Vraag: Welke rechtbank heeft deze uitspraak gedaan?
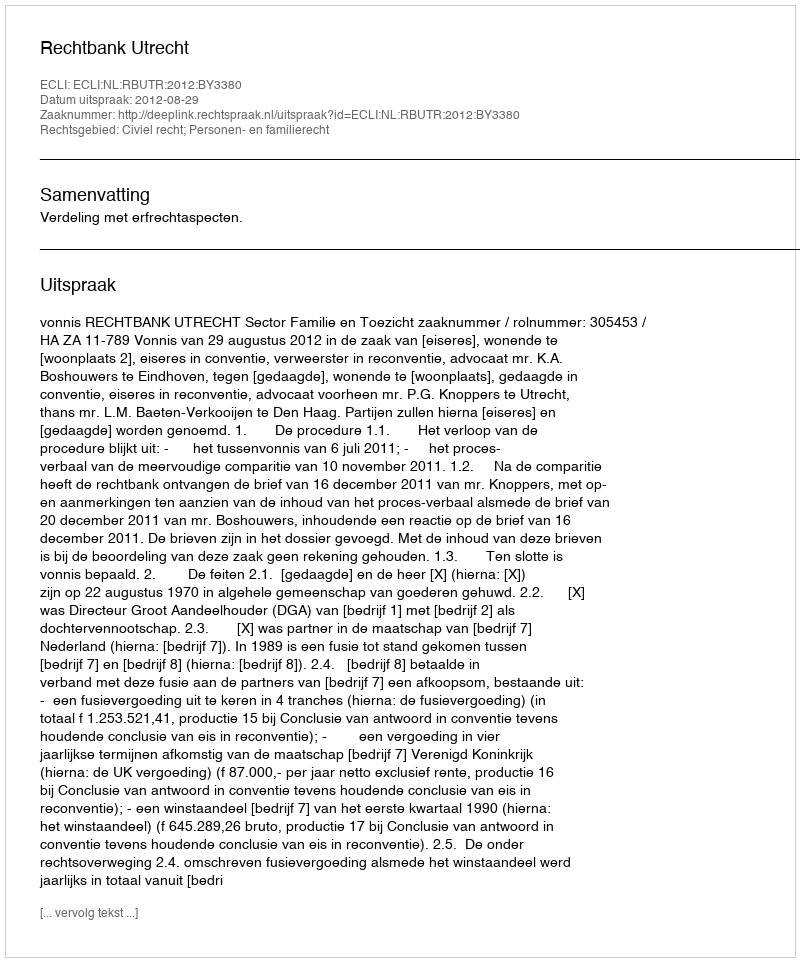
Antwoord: Rechtbank Utrecht